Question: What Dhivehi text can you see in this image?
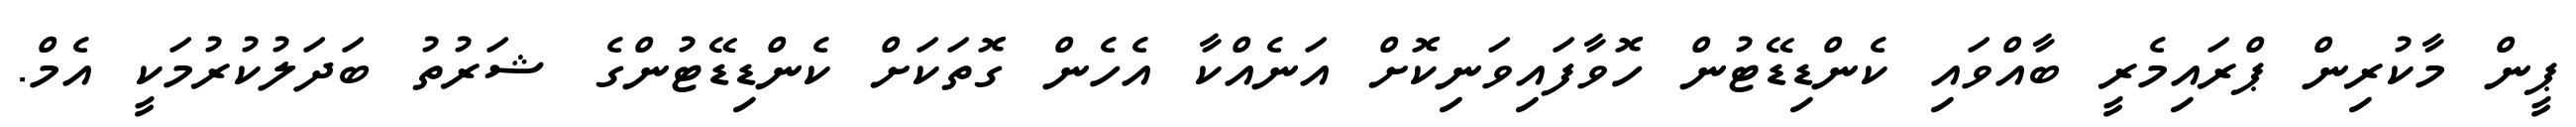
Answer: ޕީން މާކުރިން ޕްރައިމެރީ ބާއްވައި ކެންޑިޑޭޓުން ހޮވާފައިވަނިކޮށް އަނެއްކާ އެހެން ގޮތަކަށް ކެންޑިޑޭޓުންގެ ޝަރުތު ބަދަލުކުރުމަކީ އެމް.